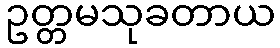
ဥတ္တမသုခတာယ